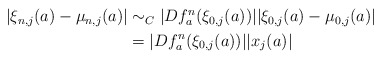
\begin{align*}\begin{aligned}\left|\xi_{n,j}(a)-\mu_{n,j}(a)\right|&\sim_C |Df_{a}^{n}(\xi_{0,j}(a))||\xi_{0,j}(a)-\mu_{0,j}(a)|\\&=|Df_{a}^{n}(\xi_{0,j}(a))||x_{j}(a)|\end{aligned}\end{align*}